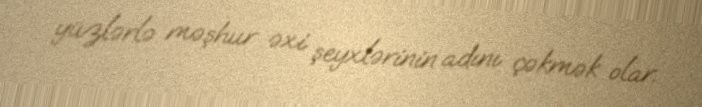
yüzlərlə məşhur əxi şeyxlərinin adını çəkmək olar.